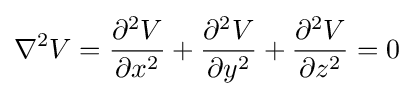
\nabla ^{2}V={\partial ^{2}V \over \partial x^{2}}+{\partial ^{2}V \over \partial y^{2}}+{\partial ^{2}V \over \partial z^{2}}=0